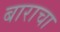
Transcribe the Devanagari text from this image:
बाराचा